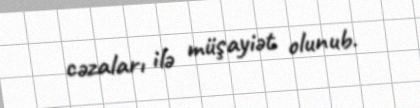
cəzaları ilə müşayiət olunub.